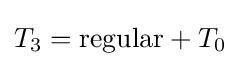
T_{3}={\text{regular}}+T_{0}